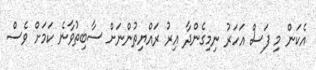
އެކަން މި ފަސް އަހަރު ނިމިގެންދާ އިރު ރައްޔިތުންނަށް ސާބިތުވާނެ ކަމަށް ވެސް